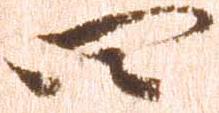
四